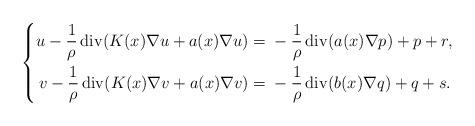
LaTeX: \begin{align*}\left\{\begin{aligned}u-\frac{1}{\rho}\operatorname{div}(K(x)\nabla u+a(x)\nabla u)= {}&-\frac{1}{\rho}\operatorname{div}(a(x)\nabla p)+p+r, \\v-\frac{1}{\rho}\operatorname{div}(K(x)\nabla v+a(x)\nabla v) ={}&-\frac{1}{\rho}\operatorname{div}(b(x) \nabla q)+q+s.\end{aligned}\right.\end{align*}